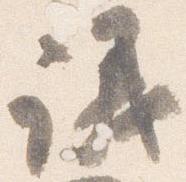
議